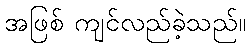
အဖြစ် ကျင်လည်ခဲ့သည်။